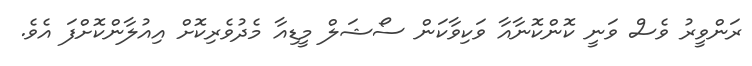
ރަންވީރު ވެސް ވަނީ ކޮންކޮނާއާ ވަކިވާކަން ސޯޝަލް މީޑިއާ މެދުވެރިކޮށް އިއުލާންކޮށްފަ އެވެ.